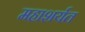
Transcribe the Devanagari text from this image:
महाशर्यत